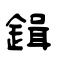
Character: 鍓